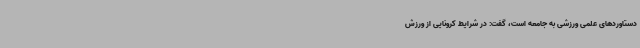
دستاوردهای علمی ورزشی به جامعه است، گفت: در شرایط کرونایی از ورزش